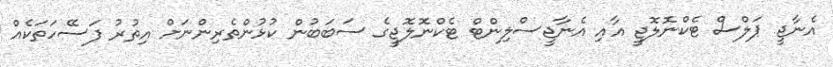
އެނާޖީ ޕަލްސް ޓެކްނޮލޮޖީ އާއި އެނާޖީސްލިންޓް ޓެކްނޮލޮޖީގެ ސަބަބުން ކުޅުންތެރިންނަށް އިތުރު ފަސޭހަތަކެއް